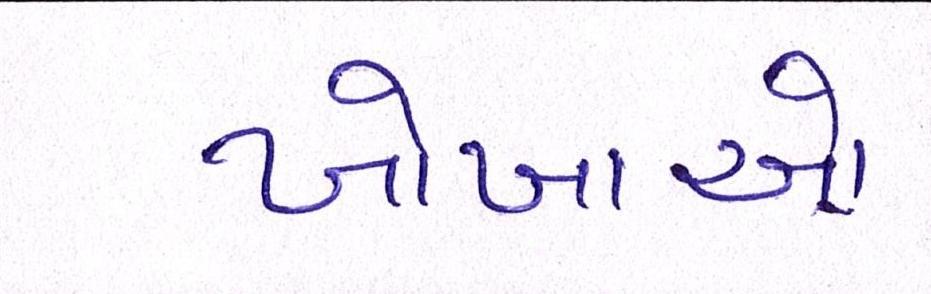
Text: ખોખાઓ